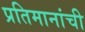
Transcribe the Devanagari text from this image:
प्रतिमानांची